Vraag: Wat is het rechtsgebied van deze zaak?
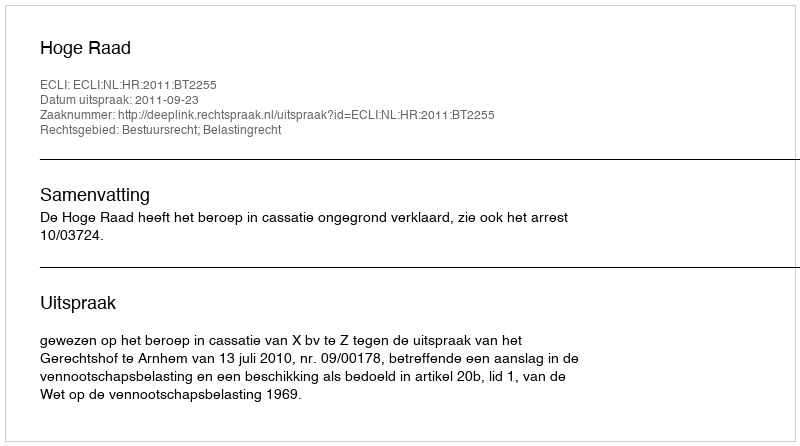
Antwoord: Bestuursrecht; Belastingrecht